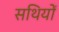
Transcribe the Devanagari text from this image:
सथियों